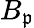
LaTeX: B_{\mathfrak{p}}